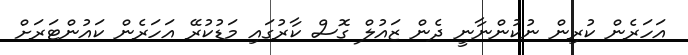
އަހަރެން ކުރިން ނުކުންނާނީ ދެން ޒައުލް ގޮސް ކާރުގައި މަޑުކުރޭ އަހަރެން ކައުންޓަރަށް